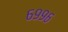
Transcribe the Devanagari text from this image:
६९९६